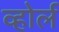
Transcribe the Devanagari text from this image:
व्होर्ल